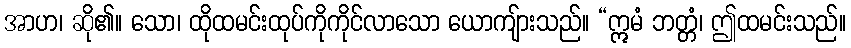
အာဟ၊ ဆို၏။ သော၊ ထိုထမင်းထုပ်ကိုကိုင်လာသော ယောကျ်ားသည်။ “ဣမံ ဘတ္တံ၊ ဤထမင်းသည်။